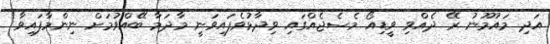
އަދި މައުމޫނު ރޭ ދެއްވި ވީޑިއޯ މެސެޖެއްގައި ވިދާޅުވެފައިވަނީ މާދަމާ ބޭއްވުމަށް ނިންމާފައިވާ